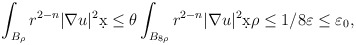
\begin{align*}\int_{B_{\rho}} r^{2-n} |\nabla u|^2 \d x &\leq \theta \int_{B_{8\rho}} r^{2-n} |\nabla u|^2 \d x \rho \leq 1/8 \varepsilon \leq \varepsilon_0,\end{align*}